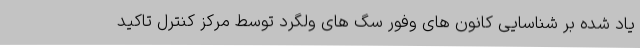
یاد شده بر شناسایی کانون های وفور سگ های ولگرد توسط مرکز کنترل تاکید